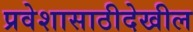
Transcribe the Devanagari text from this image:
प्रवेशासाठीदेखील